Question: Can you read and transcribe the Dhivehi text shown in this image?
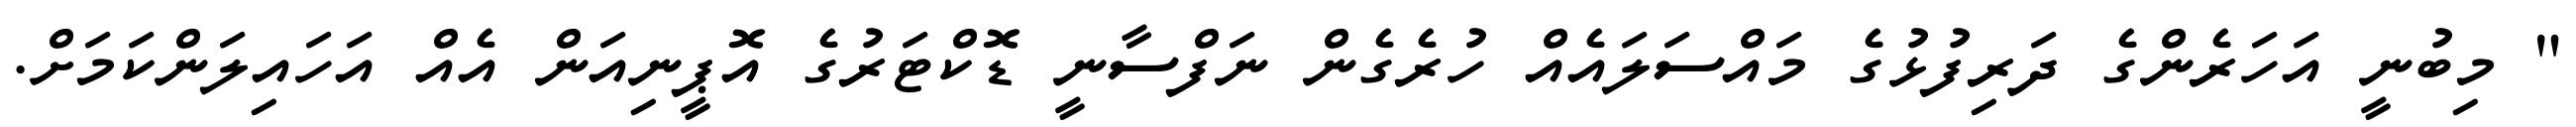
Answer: " މިބުނީ އަހަރެންގެ ދަރިފުޅުގެ މައްސަލައެއް ހުރެގެން ނަފްސާނީ ޑޮކްޓަރުގެ އޮޕީނިއަން އެއް އަހައިލަންކަމަށް.